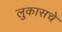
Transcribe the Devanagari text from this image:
लुकासचे